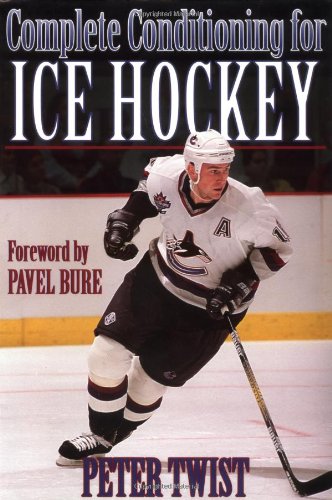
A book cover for Complete Conditioning for Ice Hockey; Peter Twist; Sports & Outdoors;